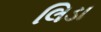
લિડા